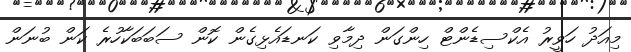
މިއަދު ހަވީރު އެކްސިޑެންޓް ހިންގަން ދިމާވި ކަނޑައެޅިގެން ކޮން ސަބަބަކާހުރެ ކަން ބުނަން